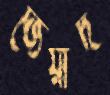
জেয়াদ